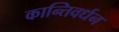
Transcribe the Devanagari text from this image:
कान्तिवर्धन